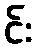
င်း